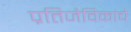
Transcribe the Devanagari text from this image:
प्रतिजैविकांचे